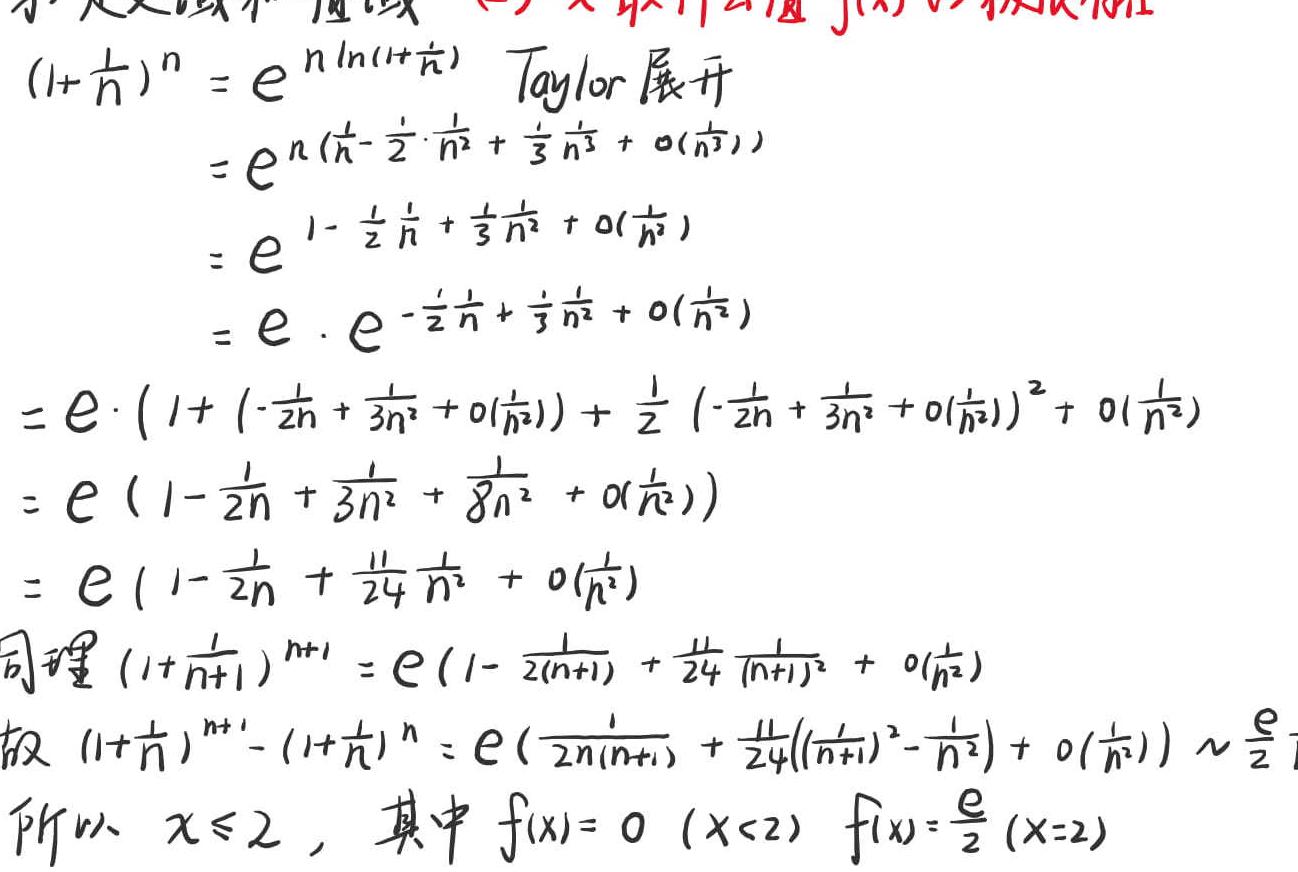
\begin{align*}
(1+\frac{1}{n})^n&=e^{n\ln(1 + \frac{1}{n})}\quad\\
&=e^{n(\frac{1}{n}-\frac{1}{2}\cdot\frac{1}{n^2}+\frac{1}{3}\frac{1}{n^3}+o(\frac{1}{n^3}))}\\
&=e^{1-\frac{1}{2}\frac{1}{n}+\frac{1}{3}\frac{1}{n^2}+o(\frac{1}{n^2})}\\
&=e\cdot e^{-\frac{1}{2}\frac{1}{n}+\frac{1}{3}\frac{1}{n^2}+o(\frac{1}{n^2})}\\
&=e\cdot(1+(-\frac{1}{2n}+\frac{1}{3n^2}+o(\frac{1}{n^2}))+\frac{1}{2}(-\frac{1}{2n}+\frac{1}{3n^2}+o(\frac{1}{n^2}))^2+o(\frac{1}{n^2}))\\
&=e(1-\frac{1}{2n}+\frac{1}{3n^2}+\frac{1}{8n^2}+o(\frac{1}{n^2}))\\
&=e(1-\frac{1}{2n}+\frac{11}{24}\frac{1}{n^2}+o(\frac{1}{n^2}))
\end{align*}
Taylor展开
同理\((1 + \frac{1}{n + 1})^{n+1}=e(1-\frac{1}{2(n + 1)}+\frac{11}{24}\frac{1}{(n + 1)^2}+o(\frac{1}{n^2}))\)
故\((1+\frac{1}{n})^{n + 1}-(1+\frac{1}{n})^n=e(\frac{1}{2n(n + 1)}+\frac{11}{24}((\frac{1}{n + 1})^2-\frac{1}{n^2})+o(\frac{1}{n^2}))\sim\frac{e}{2}\)
所以 \(x\leqslant2\)，其中 \(f(x)=0\ (x<2)\ f(x)=\frac{e}{2}\ (x = 2)\)